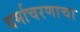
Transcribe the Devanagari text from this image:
धर्माचरणाचा